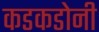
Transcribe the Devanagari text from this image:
कडकडोनी